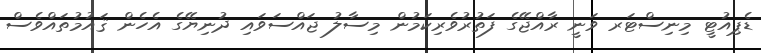
ޑެޕިއުޓީ މިނިސްޓަރ ވަނީ ރާއްޖޭގެ ފަތުރުވެރިކަމުން މިސާލު ޖައްސަވައި ދުނިޔޭގެ އެހެން ޤައުމުތައްވެސް